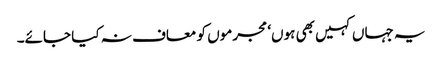
یہ جہاں کہیں بھی ہوں‘ مجرموں کو معاف نہ کیا جائے۔